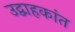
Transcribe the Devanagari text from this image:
उद्वाहकांत